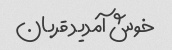
خوش آمدید قربان